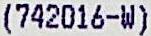
(742016-W)